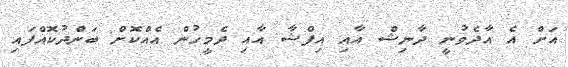
އަށް އެ އާދެވުނީ ދާނިޝް އާއި އިފްޝާ އާއި ދެމީހުން އެއްކޮށް ބަންދުކޮއްފައި